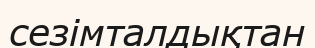
сезімталдықтан